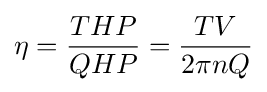
\eta ={\frac {THP}{QHP}}={\frac {TV}{2\pi nQ}}